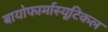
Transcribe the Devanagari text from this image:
बायोफार्मास्यूटिकल